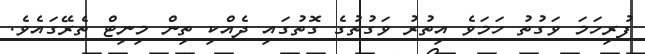
ފުރިހަމަ ވަގުތު ހަމަވެ އިތުރު ވަގުތުގެ ގޮތުގައި ދެއްކި ތިން މިނިޓް ތެރޭގައެވެ.